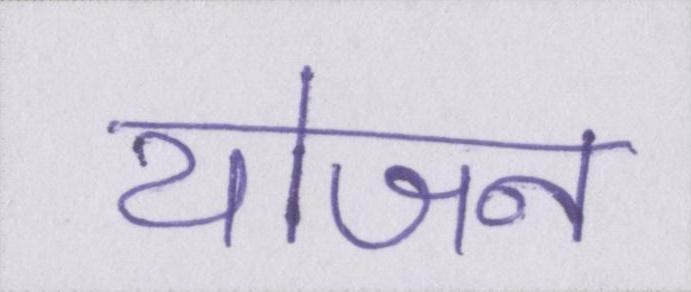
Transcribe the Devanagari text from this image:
योजन